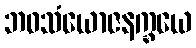
ဘဝသံယောဇနက္ခယေ